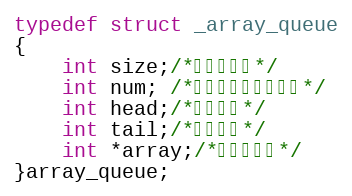
Language: C
typedef struct _array_queue
{
	int size;/*队列的大小*/
	int num; /*当前存储数据的大小*/
	int head;/*队列的头*/
	int tail;/*队列的尾*/
	int *array;/*数据存储区*/
}array_queue;